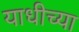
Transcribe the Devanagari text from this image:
याधीच्या